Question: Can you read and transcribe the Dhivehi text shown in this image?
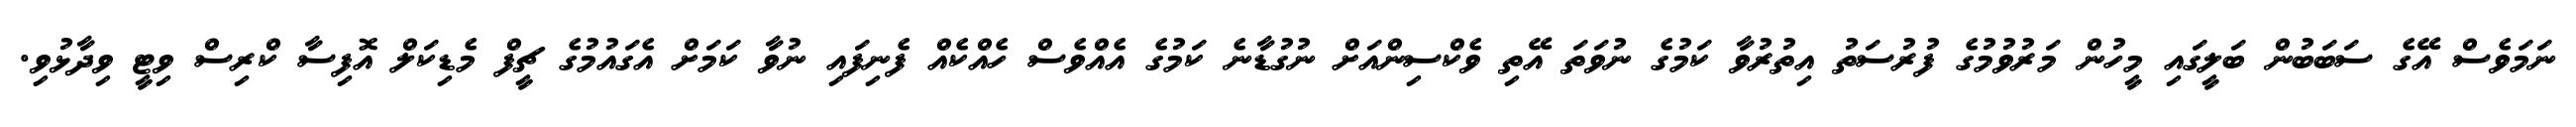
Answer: ނަމަވެސް އޭގެ ސަބަބުން ބަލީގައި މީހުން މަރުވުމުގެ ފުރުސަތު އިތުރުވާ ކަމުގެ ނުވަތަ އޭތި ވެކްސިންއަށް ނުގުޑާނެ ކަމުގެ އެއްވެސް ހެއްކެއް ފެނިފައި ނުވާ ކަމަށް އެގައުމުގެ ޗީފް މެޑިކަލް އޮފިސާ ކްރިސް ވިޓީ ވިދާޅުވި.